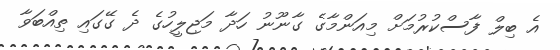
އެ ބިލް ފާސްކުރުމަށް މިއަންމާގެ ގާނޫނު ހަދާ މަޖިލީހުގެ ދެ ގޭގައި ތިއްބަވާ